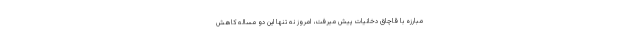
مبارزه با قاچاق دخانیات پیش میرفت، امروز نه تنها این دو مساله کاهش